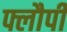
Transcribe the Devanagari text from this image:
फ्लौपी